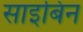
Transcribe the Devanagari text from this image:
साइबिन